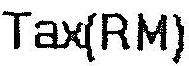
TAX(RM)